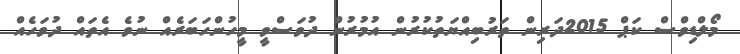
މޯލްޑިވްސް ކަޕް 2015ދަރިން ތަރުބިއްޔަތުކުރުން އުމުރުން ދުވަސްވީ މީހުންހަބަރެއް ނުވެ އެތައް ދުވަހެއް